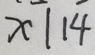
x 1 1 4